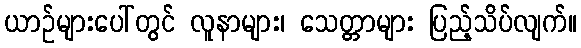
ယာဉ်များပေါ်တွင် လူနာများ၊ သေတ္တာများ ပြည့်သိပ်လျက်။